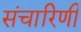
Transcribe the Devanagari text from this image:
संचारिणी